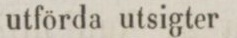
utförda utsigter 4: ”